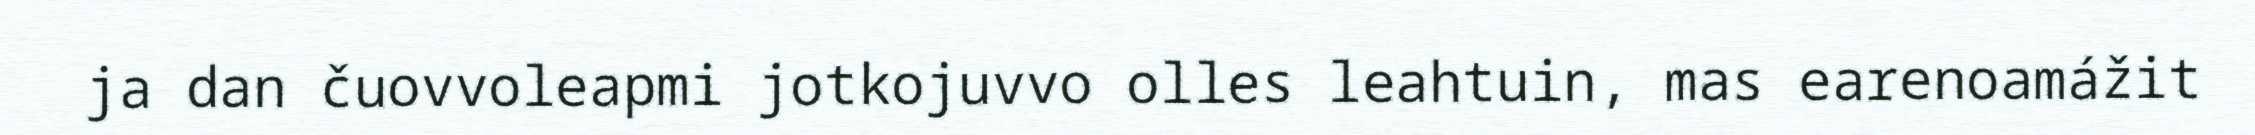
ja dan čuovvoleapmi jotkojuvvo olles leahtuin, mas earenoamážit